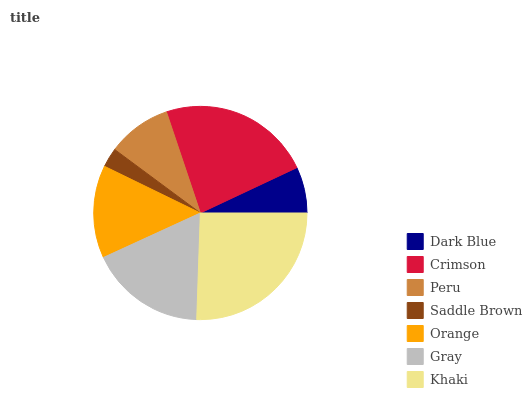
| Dark Blue | Crimson | Peru | Saddle Brown | Orange | Gray | Khaki |
 | --- | --- | --- | --- | --- | --- | --- |
 | 6.98% | 23.2% | 9.69% | 2.94% | 14% | 17.7% | 25.5% |